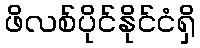
ဖိလစ်ပိုင်နိုင်ငံရှိ